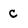
Character: c